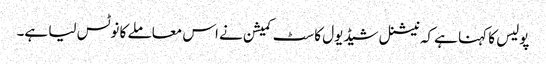
پولیس کا کہنا ہے کہ نیشنل شیڈیول کاسٹ کمیشن نے اس معاملے کا نوٹس لیا ہے۔